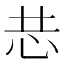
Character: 𭜑